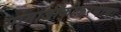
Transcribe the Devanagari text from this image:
सामाजीकीकरणाचा